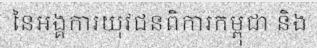
នៃអង្គការយុវជនពិការកម្ពុជា និង